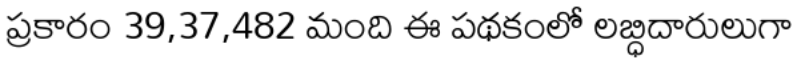
ప్రకారం 39,37,482 మంది ఈ పథకంలో లబ్ధిదారులుగా